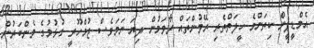
އެމްޑީޕީން ކިތަންމެ ހީލަތްތެރި ރޭވުންތައް ރާވަމުން ދިޔަ ނަމަވެސް ޖުމްހޫރީ ގުޅުމުގެ މެންބަރުން